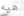
هيه